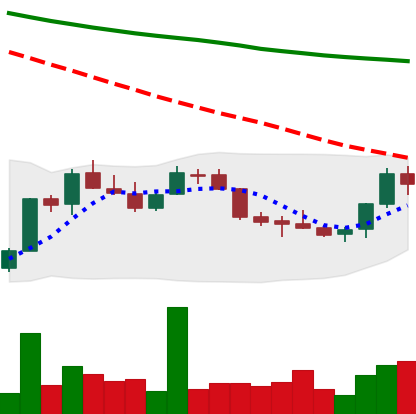
Ticker: LINK-USD
Chart end date: 2018-07-18
Forward return: -17.82%
Label: down_7plus